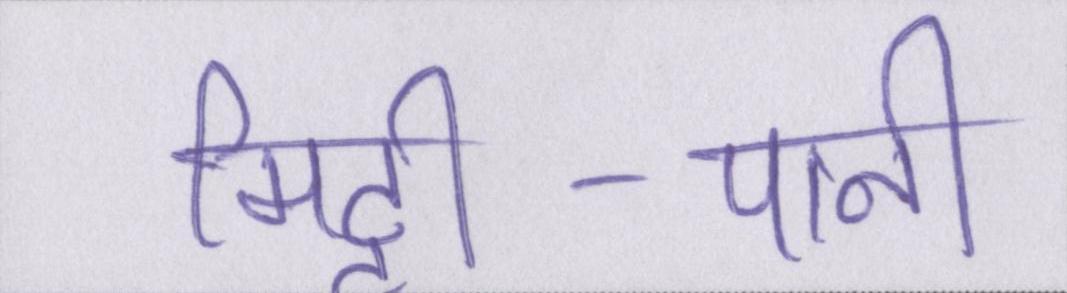
मिट्टी-पानी